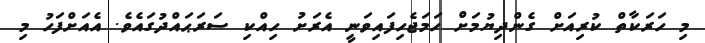
މި ހަރަކާތް ކުރިއަށް ގެންދިޔުމަށް ހަމަޖެހިފައިވަނީ އެރަށު ހިއްކި ސަރަޙައްދުގައެވެ. އެއަށްފަހު މި